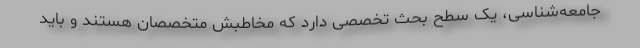
جامعه‌شناسی، یک سطح بحث تخصصی دارد که مخاطبش متخصصان هستند و باید